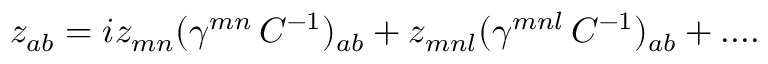
z _ { a b } = i z _ { m n } ( \gamma ^ { m n } \, C ^ { - 1 } ) _ { a b } + z _ { m n l } ( \gamma ^ { m n l } \, C ^ { - 1 } ) _ { a b } + . . . .